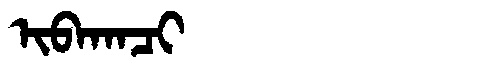
Manchu: ᡳᠪᠠᡴᠠᠴᡳ
Romanization: IBAKACI